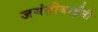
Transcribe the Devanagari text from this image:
जयंतीबाईंनी